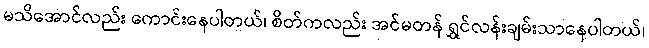
မသိအောင်လည်း ကောင်းနေပါတယ်၊ စိတ်ကလည်း အင်မတန် ရွှင်လန်းချမ်းသာနေပါတယ်၊